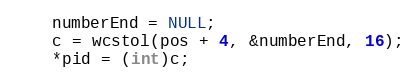
Language: C++
    numberEnd = NULL;
    c = wcstol(pos + 4, &numberEnd, 16);
    *pid = (int)c;